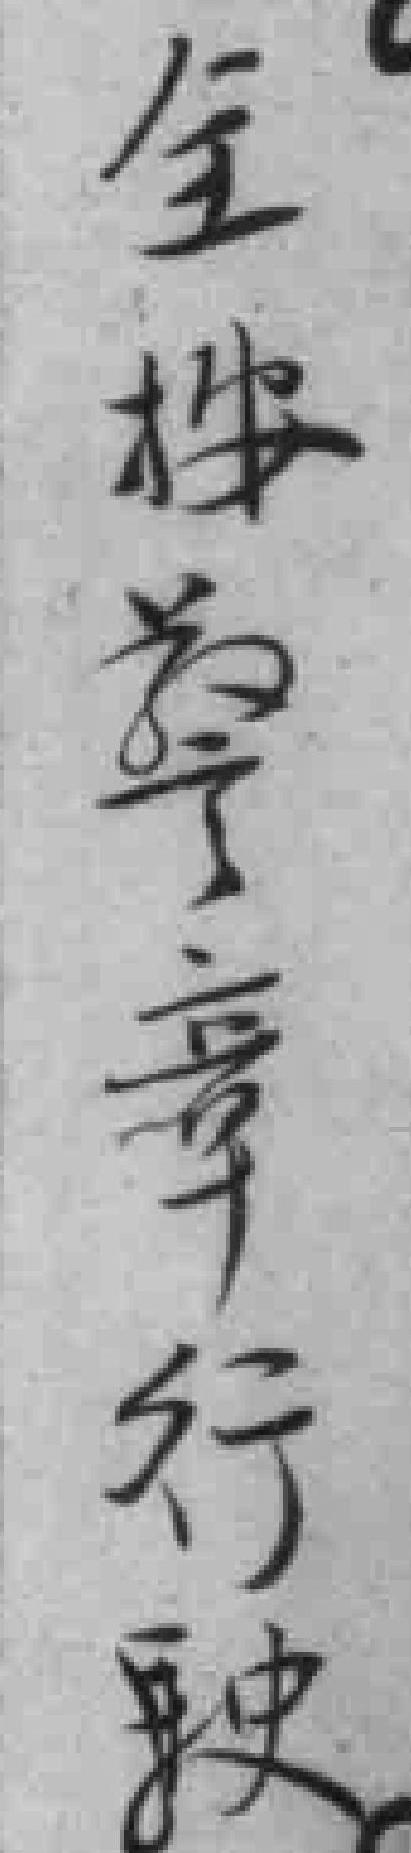
全按警章行驶